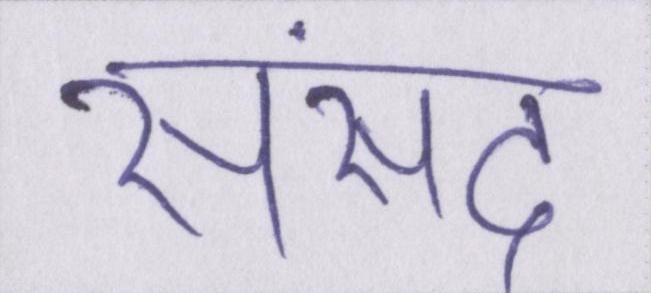
संसद